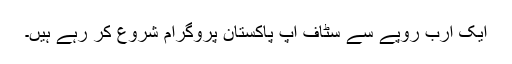
ایک ارب روپے سے سٹاف اپ پاکستان پروگرام شروع کر رہے ہیں۔